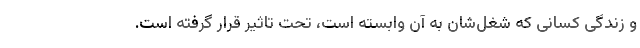
و زندگی کسانی که شغل‌شان به آن وابسته‌ است، تحت تاثیر قرار گرفته است.